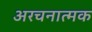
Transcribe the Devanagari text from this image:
अरचनात्मक